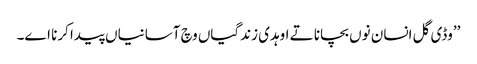
’’وڈی گل انسان نوں بچانا تے اوہدی زندگیاں وچ آسانیاں پیدا کرنا اے۔